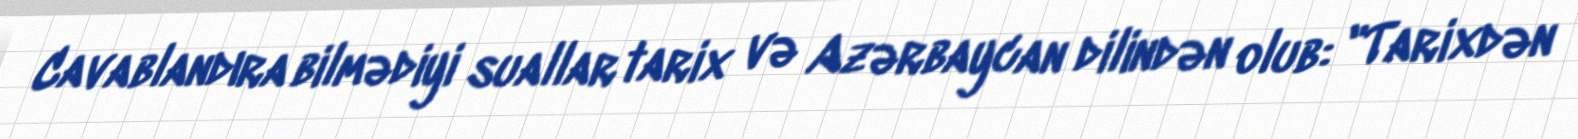
Cavablandıra bilmədiyi suallar tarix və Azərbaycan dilindən olub: "Tarixdən